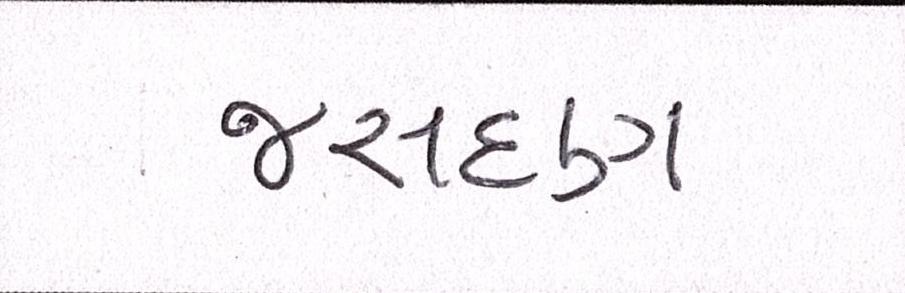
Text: જસદણ